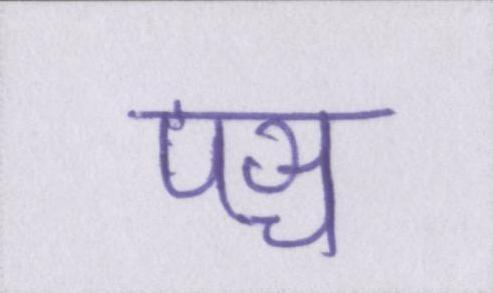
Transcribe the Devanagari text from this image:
पञ्च